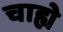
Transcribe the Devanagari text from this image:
चाह्ये